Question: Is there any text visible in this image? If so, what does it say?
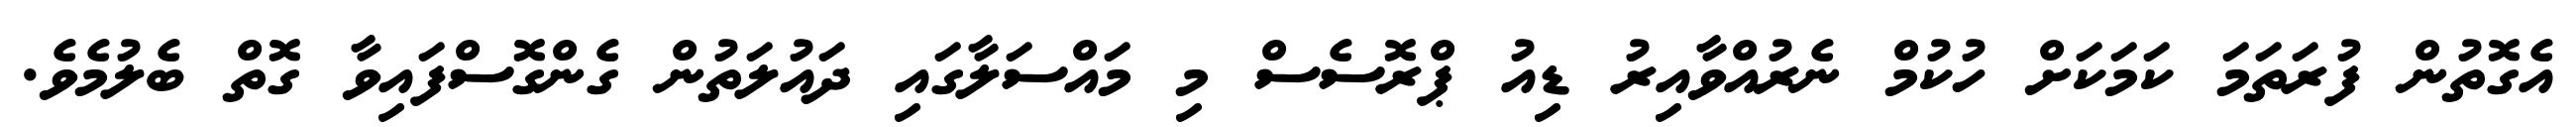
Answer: އެގޮތުން ފުރަތަމަ ކަމަކަށް ހުކުމް ނެރުއްވާއިރު ޑިއު ޕްރޮސެސް މި މައްސަލާގައި ދައުލަތުން ގެންގޮސްފައިވާ ގޮތް ބެލުމެވެ.